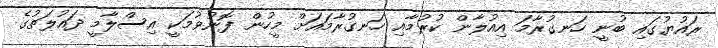
ރައުޔުގައި ބުނީ ހަނގުރާމަ އިއުލާން ކުރުމާއި ހަނގުރާމައަށް މީހުން ފޮނުވުމަކީ އިސްލާމީ ދައުލަތުގެ